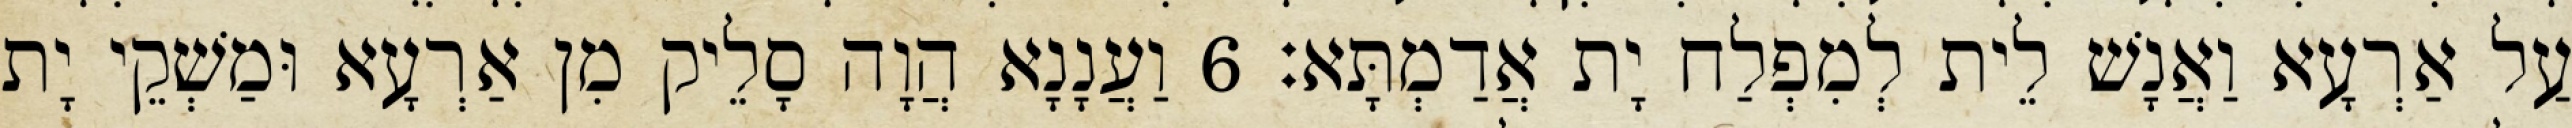
עַל אַרְעָא וַאֲנָשׁ לֵית לְמִפְלַח יָת אֲדַמְתָּא׃ 6 וַעֲנָנָא הֲוָה סָלֵיק מִן אַרְעָא וּמַשְׁקֵי יָת